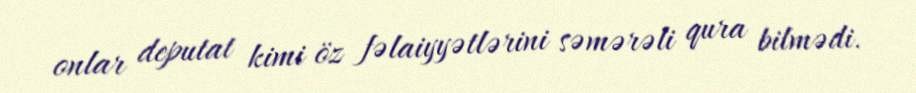
onlar deputat kimi öz fəlaiyyətlərini səmərəli qura bilmədi.